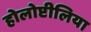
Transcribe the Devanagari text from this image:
होलोप्टीलिया